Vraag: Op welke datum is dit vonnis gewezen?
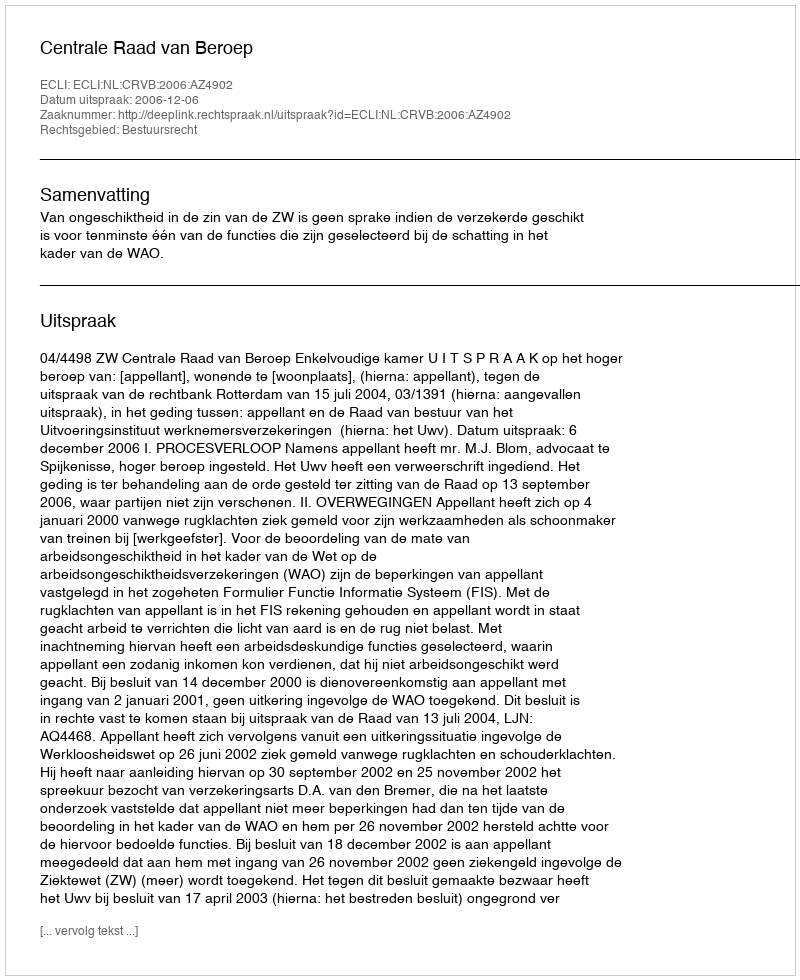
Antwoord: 2006-12-06